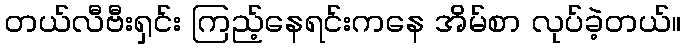
တယ်လီဗီးရှင်း ကြည့်နေရင်းကနေ အိမ်စာ လုပ်ခဲ့တယ်။